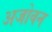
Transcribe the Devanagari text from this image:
अजोवन